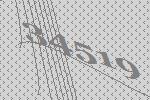
34519